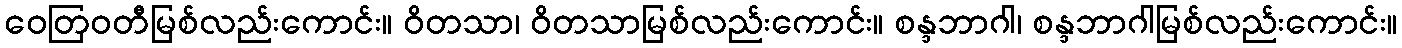
ဝေတြဝတီမြစ်လည်းကောင်း။ ဝိတသာ၊ ဝိတသာမြစ်လည်းကောင်း။ စန္ဒဘာဂါ၊ စန္ဒဘာဂါမြစ်လည်းကောင်း။